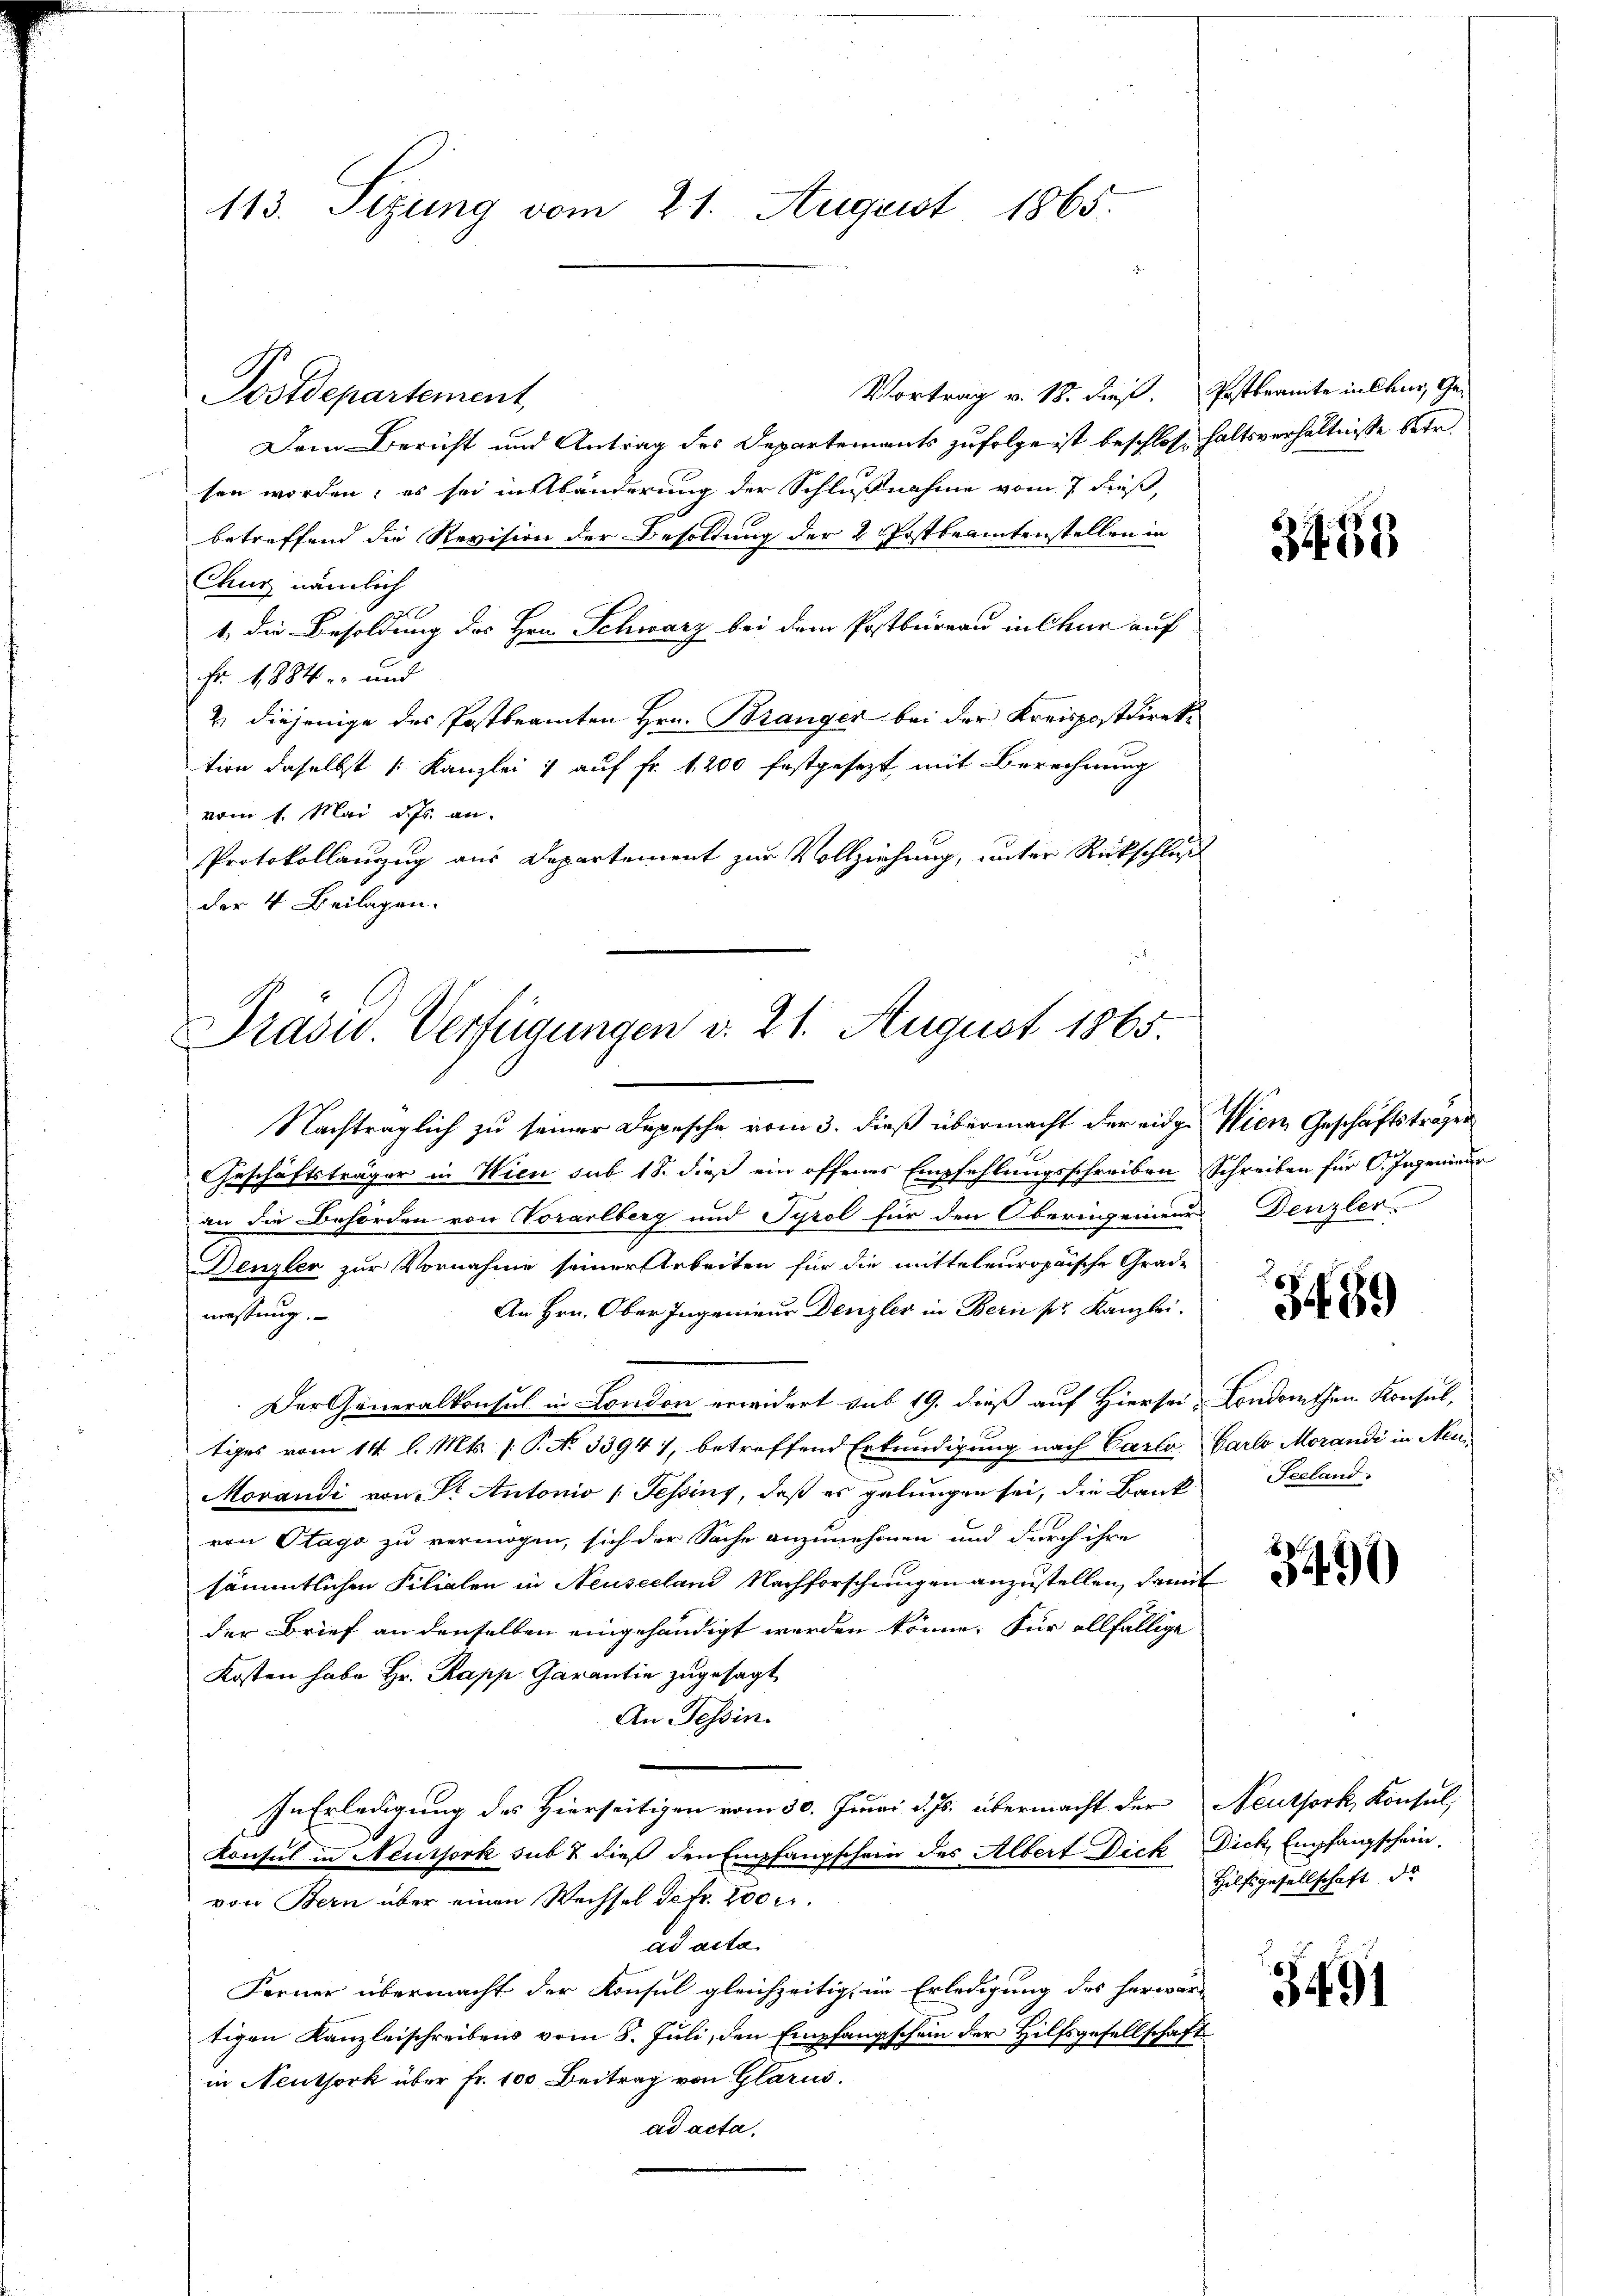
Vortrag v. 18. dieß. Postbeamte in Chur, Ge¬
Dem Bericht und Antrag des Departements zufolge ist beschlosse haltsverhältnisse betr.
sen worden; es sei in Abänderung der Schlußnahme vom 7 dieß,
betreffend die Revision der Besoldung der 2 Postbeamtenstellen in
Chur nämlich
1 die Besoldung des Hrn. Schwarz bei dem Postbureau in Chur auf
Fr. 1884.- und
2 diejenige des Postbeamten Hrn. Branger bei der Kreispostdirektion daselbst 1 Kanzlei 1 auf Fr. 1200 festgesezt, mit Berechnung
vom 1. Mai d. Js. an.
Protokollanzug aus Departement zur Vollziehung, unter Rückschluß
der 4 Beilagen.

113. Sitzung vom 21. August 1865.

Postdepartement

Prasw. Verfügungen v. 21. August 1865.

Nachträglich zu seiner Depesche vom 3. dieß übermacht der eidge Wien Geschäftsträger
Geschäftsträger in Wien sub 18. dieß ein offenes Empfehlungsschreiben Schreiben für O. Ingenieur
an die Behörden von Vorarlberg und Tyrol für den Oberingenieur Denzler.
Denzler zur Vornahme seiner Arbeiten für die mitteleuropaische Grade
An Hrn. Ober Ingenieur Denzler in Bern pr. Kanzlei,
messung.
Der Generalkonsul in London erwidert sub 19. dieß auf Hiersei, Condorthen Konsul,
tiges vom 14. l. Mts. (: P. No 33941, betreffend Erkundigung nach Carlo Carlo Morandi in Neu¬
Movandi von St. Antonio 1 Tessins, daβ es gelungen sei, die Bank Seeland-
von Stago zu vermögen, sich der Sache anzunehmen und durch ihre
sämmtlichen Filialen in Neuseeland Nachforschungen anzustellen, damit
der Brief an denselben eingehändigt werden könne. Für allfällige
Kosten habe Hr. Papp Garantin zugesagt
An Tessin.
In Erledigung des Hierseitigen vom 30. Juni d. Js. übermacht der Neuthork, Konsul,
Konsul in Neuthork sub & dieß den Empfangschein des Albert Dick Dick, Empfangschein.
von Bern über einen Wechsel defr. 200.
ad acta.
Ferner übermacht der Konsul gleichzeitig im Erledigung des herwär-
tigen Kanzleischreibens vom 8. Juli, den Empfangschein der Hilfsgesellschaft
in Neuthork über fr. 100 Beitrag von Glarus,
ad acta.

3438

489

3490

Hilfsgesellschaft de

3491